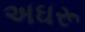
અઘરૂ